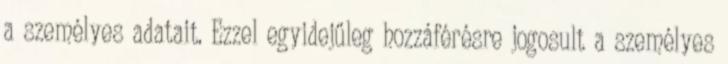
a személyes adatait. Ezzel egyidejűleg hozzáférésre jogosult a személyes